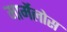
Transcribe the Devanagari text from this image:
मार्मेलोस